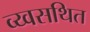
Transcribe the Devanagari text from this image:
व्य्वसथित